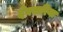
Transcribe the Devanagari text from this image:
देवसरिया